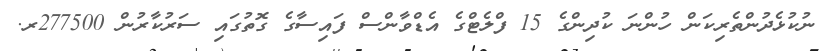
ނުކުޅެދުންތެރިކަން ހުންނަ ކުދިންގެ 15 ފްލެޓްގެ އެޑްވާންސް ފައިސާގެ ގޮތުގައި ސަރުކާރުން 277500ރ.